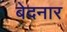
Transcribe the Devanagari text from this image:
बेदनार